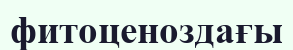
фитоценоздағы